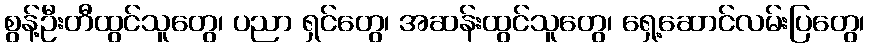
စွန့်ဦးတီထွင်သူတွေ၊ ပညာ ရှင်တွေ၊ အဆန်းထွင်သူတွေ၊ ရှေ့ဆောင်လမ်းပြတွေ၊